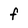
Character: f